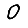
Digit: 0